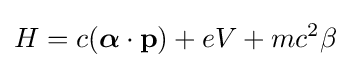
H=c({\boldsymbol {\alpha }}\cdot \mathbf {p} )+eV+mc^{2}\beta